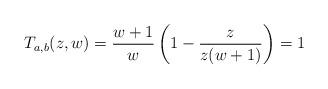
LaTeX: \begin{align*}T_{a,b}(z,w) = \frac {w+1}{w} \left( 1 - \frac {z}{z(w+1)}\right) = 1\end{align*}